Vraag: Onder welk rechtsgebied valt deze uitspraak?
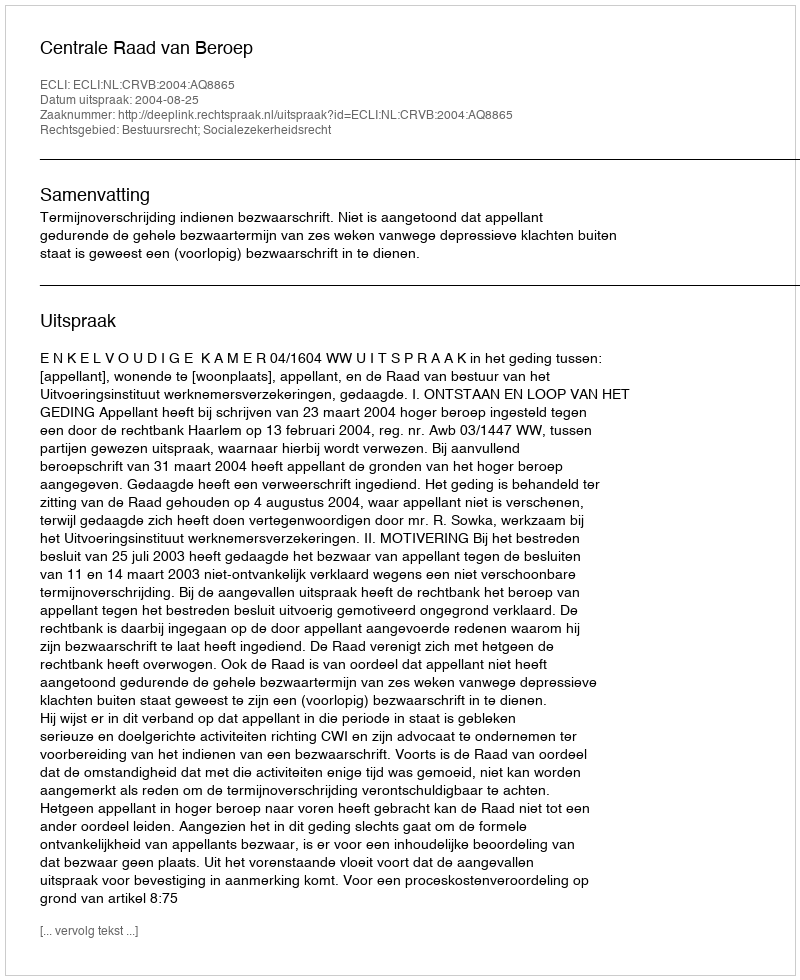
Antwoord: Bestuursrecht; Socialezekerheidsrecht